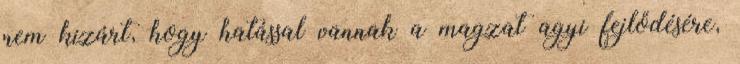
nem kizárt, hogy hatással vannak a magzat agyi fejlődésére,